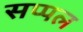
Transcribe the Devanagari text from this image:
सप्पल